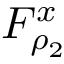
F _ { \rho _ { 2 } } ^ { x }